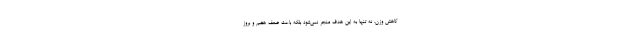
کاهش وزن، نه تنها به این هدف منجر نمی‌شود بلکه باعث ضعف هضم و بروز